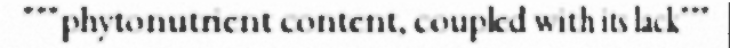
"""phytonutrient content, coupled with its lack"""